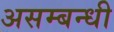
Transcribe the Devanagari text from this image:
असम्बन्धी